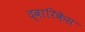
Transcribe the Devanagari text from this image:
द्वारिकेस